Indian journal of veterinary science and animal husbandry - Volume 9,
Year: 1939
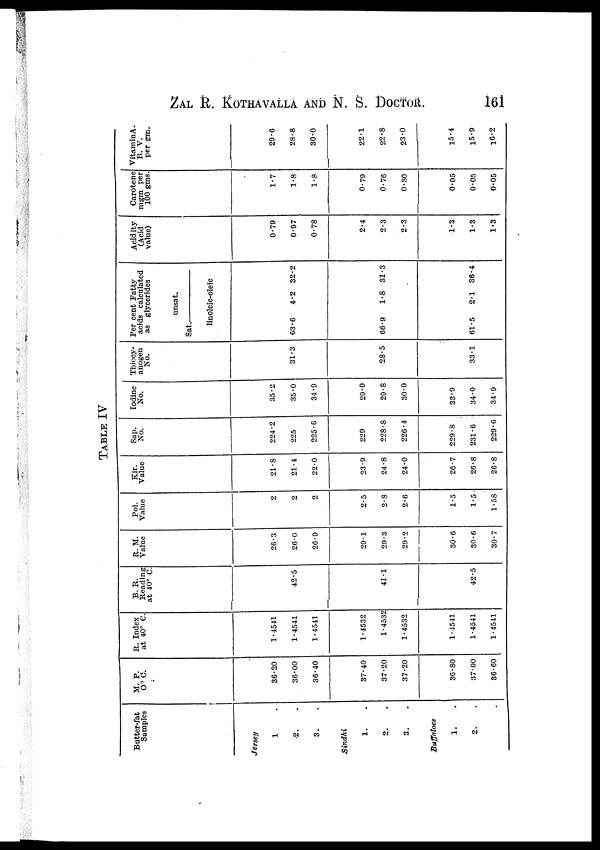
ZAL R. KOTHAVALLA AND N. S. DOCTOR. 161
TABLE IV
Butter-fat
Samples
Jersey
1. .
2. .
3. .
Sindhi
1. .
2. .
3. .
Buffaloes
1. .
2. .
3. .
M. P.
O°C.
36.20
36.00
36.40
37.40
37.20
37.20
36.80
37.00
86.60
R. Index
at 40° C.
1.4541
1.4541
1.4541
1.4532
1.4532
1.4532
1.4541
1.4541
1.4541
B. R.
Reading
at 40° C.
42.5
41.1
42.5
R.M.
Value
26.3
26.0
26.9
29.1
29.3
29.2
30.6
30.6
30.7
Pol.
Value
2
2
2
2.5
2.8
2.6
1.5
1.5
1.58
Kir.
Value
21.8
21.4
22.0
23.9
24.8
24.0
26.7
26.8
26.8
Sap.
No.
224.2
225
225.6
229
228.8
226.4
229.8
231.6
229.6
Iodine
No.
35.2
35.0
34.9
29.0
29.8
30.0
33.9
34.0
34.9
Thiocy-
anogen
No.
31.3
28.5
33.1
Per cent Fatty
acids calculated
as glycerides
unsat.
Sat.—
linoleic-oleic
63.6
4.2 32.2
66.9
1.8 31.3
61.5
2.1 36.4
Acidity
(Acid
value)
0.79
0.97
0.78
2.4
2.3
2.3
1.3
1.3
1.3
Carotene
mgm per
100 gms.
1.7
1.8
1.8
0.79
0.76
0.80
0.05
0.05
0.05
Vitamin A.
B. V.
per gm.
29.6
28.8
30.0
22.1
22.8
23.0
15.4
15.9
16.2